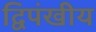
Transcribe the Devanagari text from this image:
द्विपंखीय